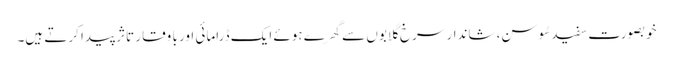
خوبصورت سفید سُوسن، شاندار سرخ گلابوں سے گِھرے ہوئے ایک ڈرامائی اور با وقار تاثر پیدا کرتے ہیں۔